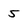
Character: 5